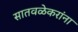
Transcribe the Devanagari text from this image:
सातवळेकरांना